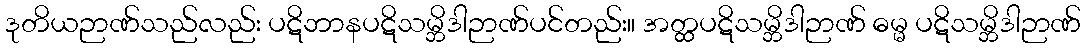
ဒုတိယဉာဏ်သည်လည်း ပဋိဘာနပဋိသမ္ဘိဒါဉာဏ်ပင်တည်း။ အတ္ထပဋိသမ္ဘိဒါဉာဏ် ဓမ္မ ပဋိသမ္ဘိဒါဉာဏ်